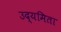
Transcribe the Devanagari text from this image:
उद्यमिता